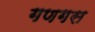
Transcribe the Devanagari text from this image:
गणगस